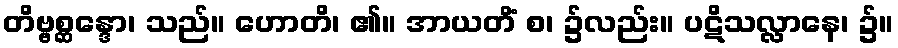
တိဗ္ဗစ္ဆန္ဒော၊ သည်။ ဟောတိ၊ ၏။ အာယတိံ စ၊ ၌လည်း။ ပဋိသလ္လာနေ၊ ၌။